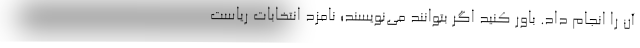
آن را انجام داد. باور کنید اگر بتوانند می‌نویسند؛ نامزد انتخابات ریاست